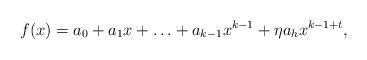
LaTeX: \begin{align*} f(x) = a_0 + a_1 x + \ldots + a_{k-1} x^{k-1} + \eta a_h x^{k-1+t} ,\end{align*}